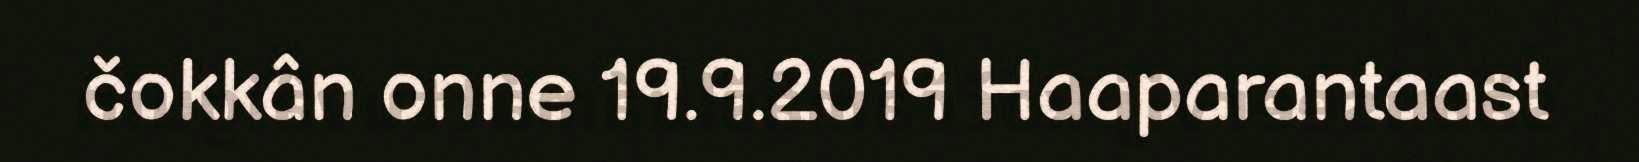
čokkân onne 19.9.2019 Haaparantaast